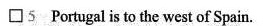
\Box 5 Portugal is to the west of Spain.